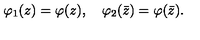
\varphi _ { 1 } ( z ) = \varphi ( z ) , \quad \varphi _ { 2 } ( \bar { z } ) = \varphi ( \bar { z } ) .